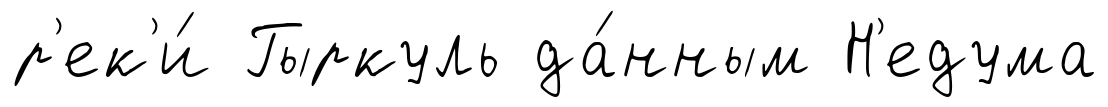
р'ек'и́ Гыркуль да́нным Н'едума